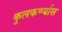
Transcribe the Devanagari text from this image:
कुलकर्ण्यास